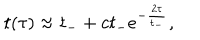
LaTeX: t ( \tau ) \approx t _ { - } + c t _ { - } e ^ { - \frac { 2 \tau } { t _ { - } } } ,